system: You are a helpful assistant.
user:
Analyze the provided spectrum to determine if it is a **Carbon Star (C-type)**.

- **Key Visual Indicators of Carbon Star:**
    - **(Primary):** Strong molecular absorption from **C₂ (diatomic carbon) "Swan Bands."** This is the **defining feature** of a carbon star.
        - **(Key Bandheads):** Sharp absorption edges are visible at approximately $5635$ Å, $5165$ Å (the strongest band), and $4737$ Å.
        - **(Line Profile):** Creates a distinct **"saw-tooth"** pattern. The key morphology is a sharp, steep bandhead on the **red (long-wavelength) side**, which then gradually tapers off (i.e., flux recovers) towards the **blue (short-wavelength) side**. *(This is the direct opposite of the TiO bands seen in M-type stars)*.

    - **(Secondary):** Intense **CN (cyanogen)** molecular absorption bands.
        - **(Key Bandheads):** Located in the blue and violet regions of the spectrum (e.g., near $4215$ Å and $3883$ Å).
        - **(Morphology):** These bands are extremely broad and act as a "blanket," absorbing the vast majority of blue and violet light. This creates a characteristic **"cliff"** or **"steep drop-off"** in the spectrum's flux at short wavelengths.

    - **(Key Confirmation):** Strong **CH absorption band (G-band)**.
        - **(Key Bandhead):** Located around $4300$ Å. The contribution from CH molecules to this band is exceptionally strong.

    - **(Overall Spectrum):**
        - The continuum is severely "chopped up" by these deep molecular bands, especially C₂, rather than appearing as a smooth curve.
        - Due to the heavy CN and C₂ absorption in the blue-green, the vast majority of the star's flux is concentrated in the red part of the spectrum, giving the star its characteristic deep red color.

Think first, call **spectral_visualization_tool** if needed to examine features in detail, then provide your final answer. Your response must adhere to the following strict rules:
1.  **Overall Structure:** Your response must follow the format `<think>...</think> <tool_call>...</tool_call> (if a tool is used) <answer>...</answer>`.
2.  **Tool Usage Constraint:** You may only make **one** tool call per turn.
3.  **Final Answer Format:** In the `<answer>` tag, your conclusion must be inside a `\boxed{}` command (e.g., `\boxed{YES}`), followed by your justification.

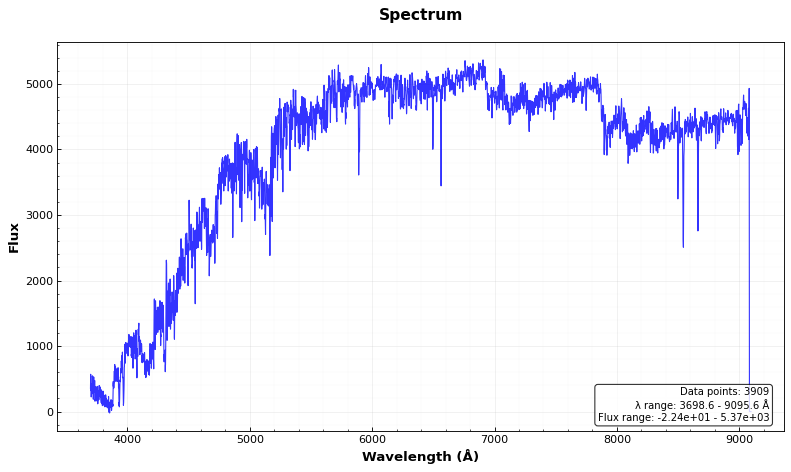
Answer: YES